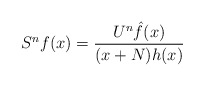
\begin{align*}S^n f(x) = \frac{U^n \hat{f}(x)}{(x+N)h(x)} \end{align*}